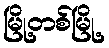
မြို့တစ်မြို့